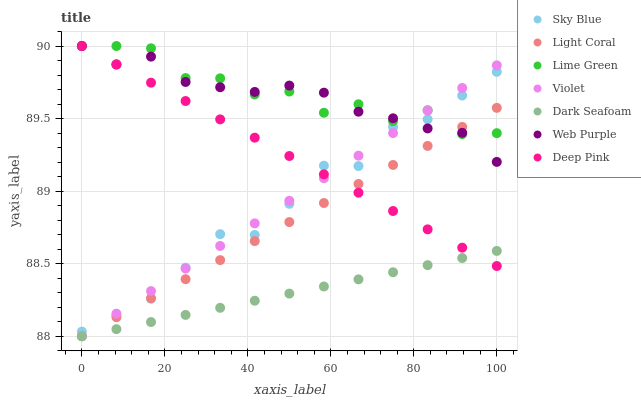
| xaxis_label | Sky Blue | Light Coral | Lime Green | Violet | Dark Seafoam | Web Purple | Deep Pink |
 | --- | --- | --- | --- | --- | --- | --- | --- |
 | 0 | 88 | 88 | 90 | 88 | 88 | 90 | 90 |
 | 8.33 | 88.1 | 88.1 | 90 | 88.2 | 88 | 89.9 | 89.9 |
 | 16.7 | 88.3 | 88.3 | 90 | 88.3 | 88.1 | 89.9 | 89.7 |
 | 25 | 88.5 | 88.4 | 89.8 | 88.5 | 88.1 | 89.8 | 89.6 |
 | 33.3 | 88.7 | 88.5 | 89.8 | 88.6 | 88.2 | 89.7 | 89.5 |
 | 41.7 | 88.7 | 88.7 | 89.7 | 88.8 | 88.2 | 89.7 | 89.4 |
 | 50 | 88.9 | 88.8 | 89.7 | 88.9 | 88.3 | 89.7 | 89.2 |
 | 58.3 | 89.2 | 88.9 | 89.5 | 89.1 | 88.3 | 89.7 | 89.1 |
 | 66.7 | 89.2 | 89 | 89.6 | 89.2 | 88.4 | 89.5 | 89 |
 | 75 | 89.4 | 89.2 | 89.5 | 89.4 | 88.4 | 89.5 | 88.9 |
 | 83.3 | 89.5 | 89.3 | 89.6 | 89.6 | 88.5 | 89.4 | 88.7 |
 | 91.7 | 89.7 | 89.4 | 89.4 | 89.7 | 88.5 | 89.4 | 88.6 |
 | 100 | 89.8 | 89.6 | 89.4 | 89.9 | 88.6 | 89.2 | 88.5 |